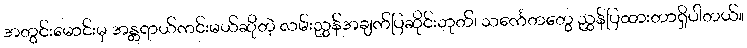
အတွင်းမောင်းမှ အန္တရာယ်ကင်းမယ်ဆိုတဲ့ လမ်းညွှန်အချက်ပြဆိုင်းဘုတ်၊ သင်္ကေတတွေ ညွှန်ပြထားတာရှိပါတယ်။